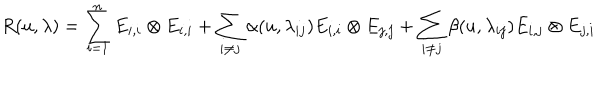
R ( u , \lambda ) = \sum _ { i = 1 } ^ { n } E _ { i , i } \otimes E _ { i , i } + \sum _ { i \neq j } \alpha ( u , \lambda _ { i j } ) E _ { i , i } \otimes E _ { j , j } + \sum _ { i \neq j } \beta ( u , \lambda _ { i j } ) E _ { i , j } \otimes E _ { j , i }